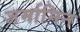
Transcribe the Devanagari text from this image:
जर्मानिन